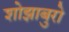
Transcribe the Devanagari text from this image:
शोझाबुरो